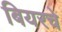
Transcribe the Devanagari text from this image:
बियरचे